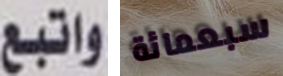
واتبع سبعمائة